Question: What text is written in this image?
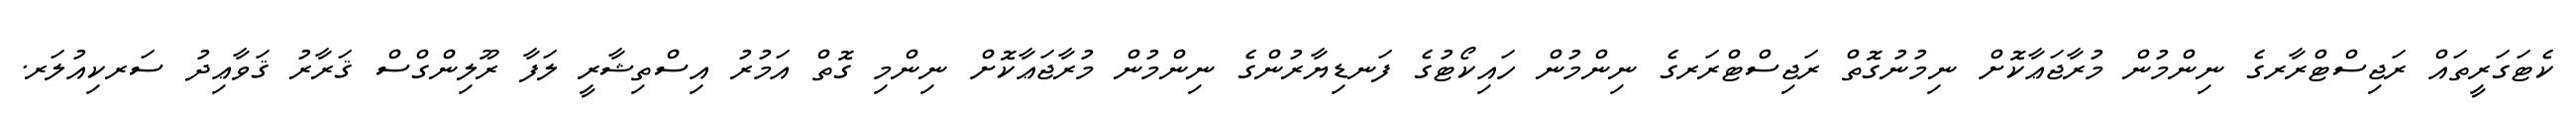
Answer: ކެޓަގަރީތައް ރަޖިސްޓްރާރގެ ނިންމުން މުރާޖަޢާކޮށް ނިމުނުގޮތް ރަޖިސްޓްރަރގެ ނިންމުން ހައިކޯޓުގެ ފަނޑިޔާރުންގެ ނިންމުން މުރާޖަޢާކޮށް ނިންމި ގޮތް އަމުރު އިސްތިޝާރީ ލަފާ ރޫލިންގްސް ޤަރާރު ޤަވާޢިދު ސަރކިއުލަރ.